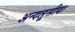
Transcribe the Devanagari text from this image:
अन्दलूसीया